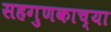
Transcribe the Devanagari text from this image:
सहगुणकाच्या